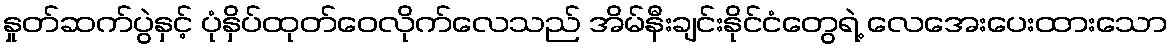
နှုတ်ဆက်ပွဲနှင့် ပုံနှိပ်ထုတ်ဝေလိုက်လေသည် အိမ်နီးချင်းနိုင်ငံတွေရဲ့ လေအေးပေးထားသော